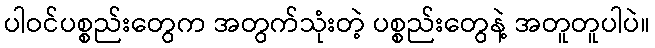
ပါဝင်ပစ္စည်းတွေက အတွက်သုံးတဲ့ ပစ္စည်းတွေနဲ့ အတူတူပါပဲ။